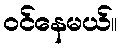
ဝင်နေမယ်။